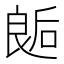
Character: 𰈛